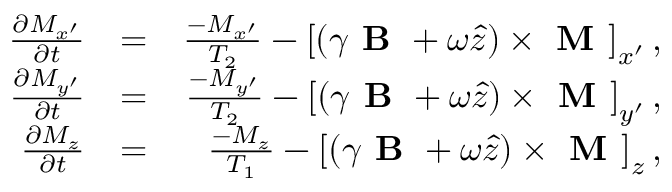
\begin{array} { r l r } { \frac { \partial M _ { x ^ { \prime } } } { \partial t } } & { = } & { \frac { - M _ { x ^ { \prime } } } { T _ { 2 } } - \left[ \left( \gamma \textbf { B } + \omega \hat { z } \right) \times \textbf { M } \right] _ { x ^ { \prime } } , } \\ { \frac { \partial M _ { y ^ { \prime } } } { \partial t } } & { = } & { \frac { - M _ { y ^ { \prime } } } { T _ { 2 } } - \left[ \left( \gamma \textbf { B } + \omega \hat { z } \right) \times \textbf { M } \right] _ { y ^ { \prime } } , } \\ { \frac { \partial M _ { z } } { \partial t } } & { = } & { \frac { - M _ { z } } { T _ { 1 } } - \left[ \left( \gamma \textbf { B } + \omega \hat { z } \right) \times \textbf { M } \right] _ { z } , } \end{array}